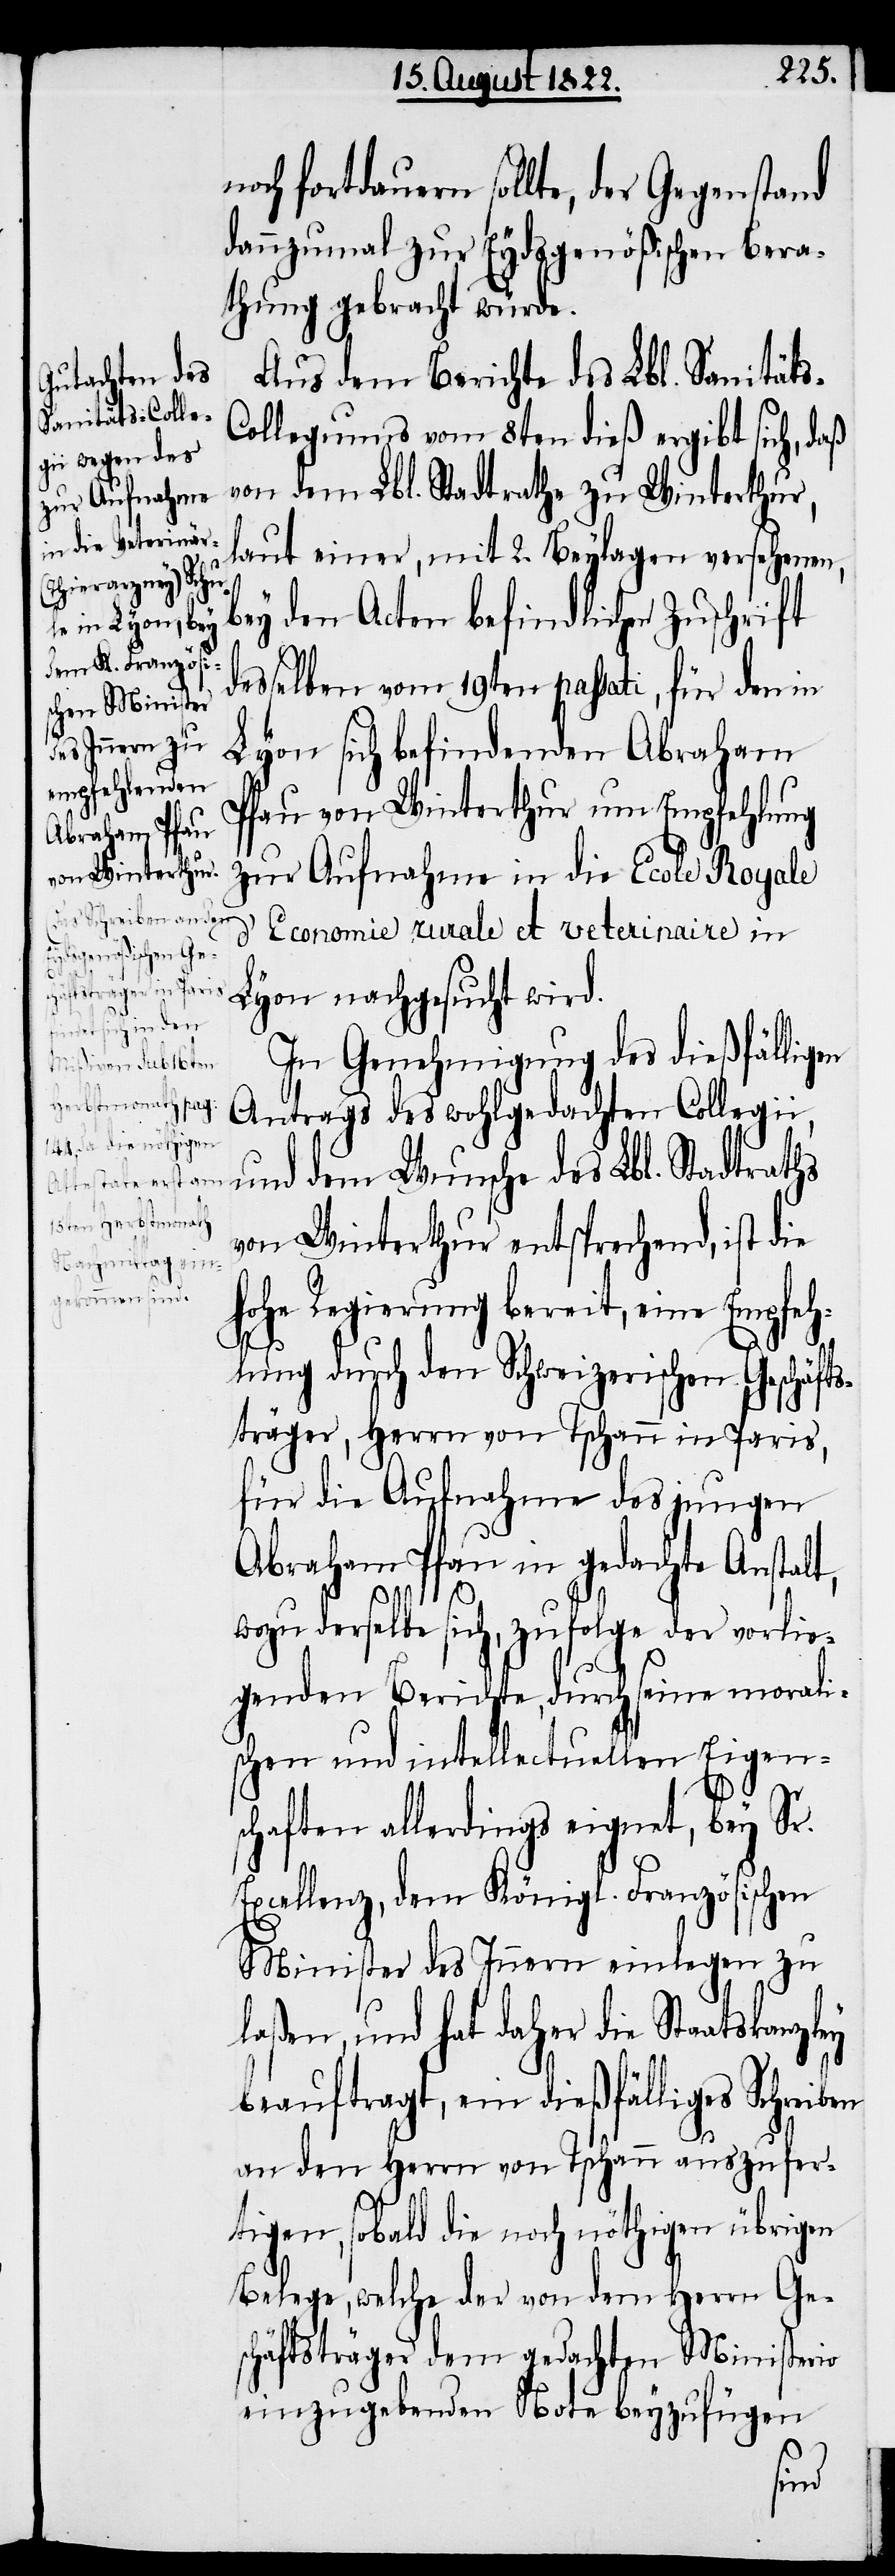
noch fortdauern sollte, der Gegenstand
dannzumal zur Eydsgenößischen Bera¬
thung gebracht werde.
Aus dem Berichte des Lbl. Sanität¬
ollegiums vom 8ten dieß ergibt sich, daß
von dem Lbl. Stadtrathe zu Winterthur,
laut einer, mit 2. Beylagen versehenen,
Lyon sich befindenden Abraham
Pfau von Winterthur um Empfehlung
zur Aufnahme in die Ecole Royale
d’ Economie rurale et veterinaire in
Lyon nachgesucht wird.
In Genehmigung des dießfälligen
Antrags des wohlgedachten Collegi¬
i, und dem Wunsche des Lbl. Stadtrath
19ten passati,
von Winterthur entsprechend, ist die
hohe Regierung bereit, eine Empfeh¬
lung durch den Schweizerischen Geschäft¬
sträger, Herrn von Ischann in Paris,
für die Aufnahme des jungen
Abraham Pfau in gedachte Anstalt,
wozu derselbe sich, zufolge der vorlie¬
genden Berichte, durch seine morali¬
schen und intellectuellen Eigen¬
schaften allerdings eignet, bey Sr.
Excellenz, dem Königl. Französischen
Minister des Innern einlegen zu
laßen, und hat daher die Staatskanzley
beauftragt, ein dießfälliges Schreiben
an den Herrn von Ischann auszufer¬
tigen, sobald die noch nöthigen übrigen
Belege, welche der von dem Herrn Ge¬
schäftsträger dem gedachten Ministerio
einzugebenden Note beyzufügen
für